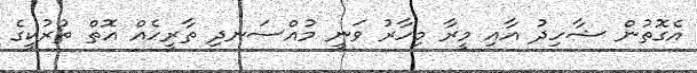
އެގޮތުން ޝާހިދު އާއި މީރާ މިހާރު ވަނީ މުއްސަނދި ތާރީހެއް އޮތް ތުރުކީގެ